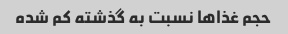
حجم غذا‌ها نسبت به گذشته کم شده